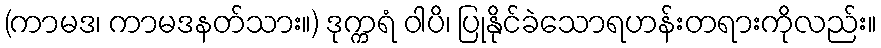
(ကာမဒ၊ ကာမဒနတ်သား။) ဒုက္ကရံ ဝါပိ၊ ပြုနိုင်ခဲသောရဟန်းတရားကိုလည်း။